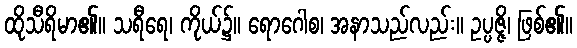
ထိုသီရိမာ၏။ သရီရေ၊ ကိုယ်၌။ ရောဂေါစ၊ အနာသည်လည်း။ ဥပ္ပဇ္ဇိ၊ ဖြစ်၏။